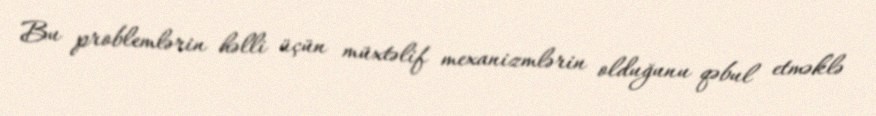
Bu problemlərin həlli üçün müxtəlif mexanizmlərin olduğunu qəbul etməklə